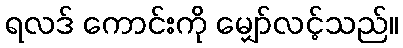
ရလဒ် ကောင်းကို မျှော်လင့်သည်။